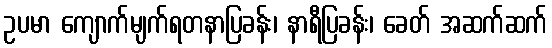
ဥပမာ ကျောက်မျက်ရတနာပြခန်း၊ နာရီပြခန်း၊ ခေတ် အဆက်ဆက်